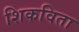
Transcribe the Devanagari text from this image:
शिकविता